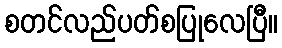
စတင်လည်ပတ်စပြုလေပြီ။